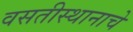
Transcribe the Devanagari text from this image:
वसतीस्थानाचे